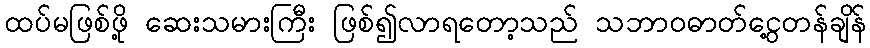
ထပ်မဖြစ်ဖို့ ဆေးသမားကြီး ဖြစ်၍လာရတော့သည် သဘာဝဓာတ်ငွေ့တန်ချိန်